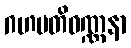
ဂဟပတိဝဏ္ဏနာ